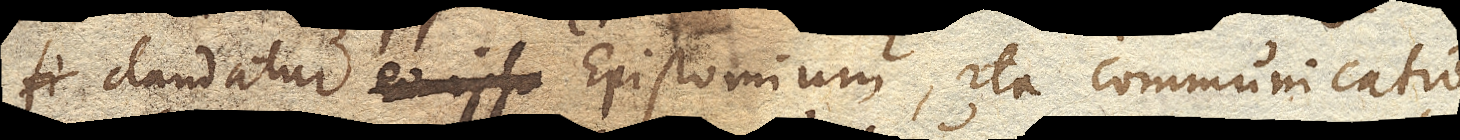
claudatur eo ipso Epistomium E. , ita communicatio